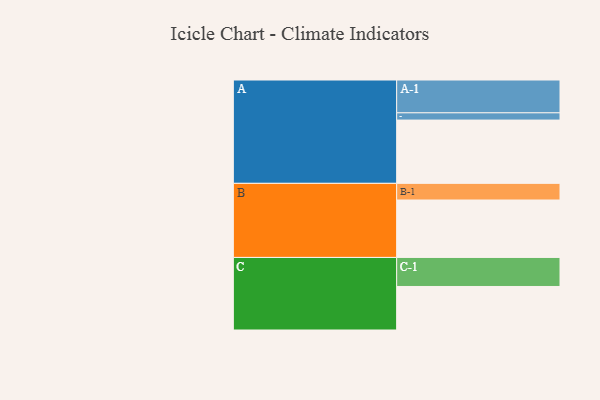
{"axis": {"x": "Segment", "y": "Value"}, "legend": ["", "A", "B", "C"], "data": [{"x": "A", "y": 532, "type": ""}, {"x": "B", "y": 483, "type": ""}, {"x": "C", "y": 366, "type": ""}, {"x": "A-1", "y": 276, "type": "A"}, {"x": "A-2", "y": 61, "type": "A"}, {"x": "B-1", "y": 140, "type": "B"}, {"x": "C-1", "y": 244, "type": "C"}]}